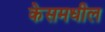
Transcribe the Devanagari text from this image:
केसमधील